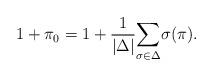
LaTeX: \begin{align*}1+\pi_0=1+\frac{1}{\vert\Delta\vert}\underset{\sigma\in \Delta}\sum \sigma (\pi).\end{align*}